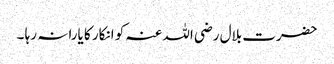
حضرت بلال رضی اللہ عنہ کو انکار کا یارا نہ رہا ۔